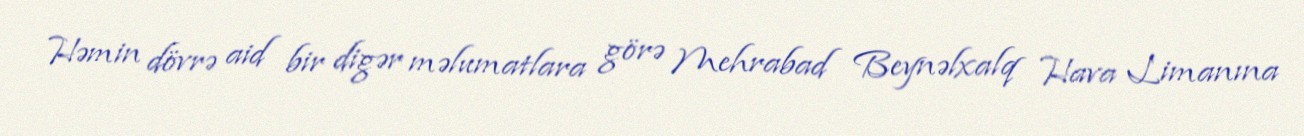
Həmin dövrə aid bir digər məlumatlara görə Mehrabad Beynəlxalq Hava Limanına